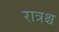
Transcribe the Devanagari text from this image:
रात्रश्च